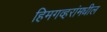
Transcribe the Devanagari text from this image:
हिमगव्हरांमधील